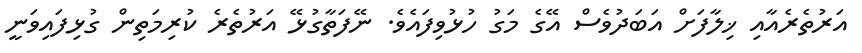
އަރުތެރެއާއި ޚިލާފަށް އަބަދުވެސް އޭގެ މަގު ހުޅުވިފައެވެ. ނޭފަތާގުޅޭ އަރުތެރެ ކުރިމަތިން ގުޅިފައިވަނީ